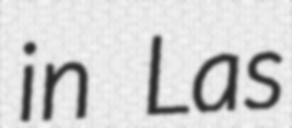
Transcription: in Las